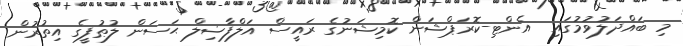
މި ބައްދަލުވުމުގައި  އެންޓި-ކޮރަޕްޝަން ކޮމިޝަނުގެ ރައީސް އަލްފާޟިލް ޙަސަން ލުޠުފީގެ އިތުރުން